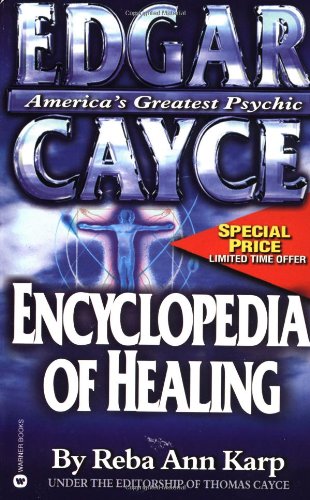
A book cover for Edgar Cayce Encyclopedia of Healing; Reba Ann Karp; Health, Fitness & Dieting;